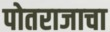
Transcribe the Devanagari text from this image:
पोतराजाचा